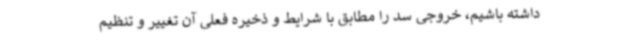
داشته باشیم، خروجی سد را مطابق با شرایط و ذخیره فعلی آن تغییر و تنظیم